Report of the Imperial Institute of Veterinary Research, Muktesar
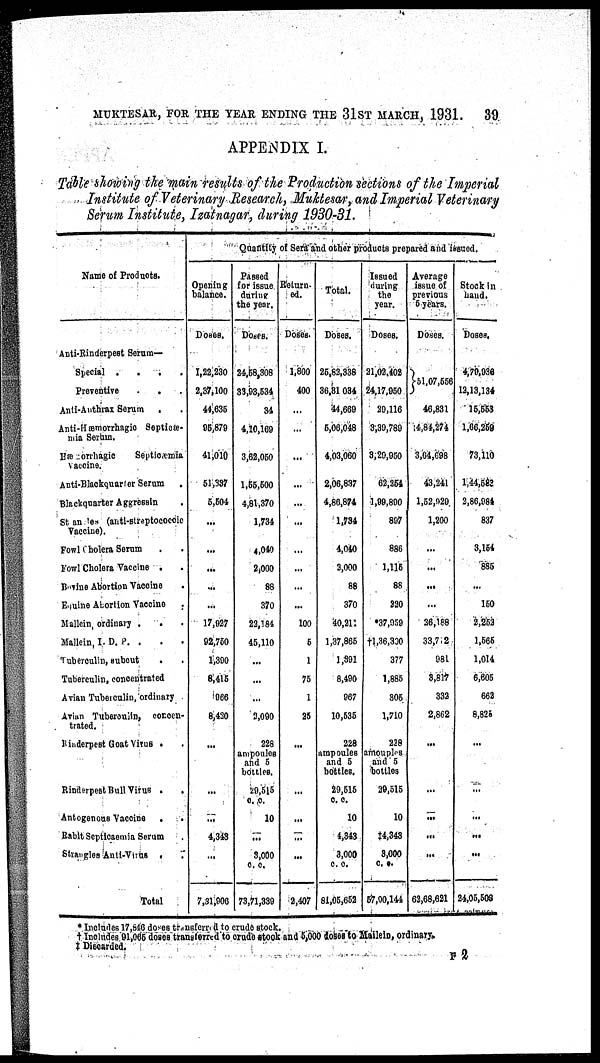
MUKTESAR, FOR THE YEAR ENDING THE 31ST MARCH, 1931.
39
APPENDIX I.
Table showing the main results of the Production sections of the Imperial
Institute of Veterinary Research, Muktesar, and Imperial Veterinary
Serum Institute, Izatnagar, during 1930-31.
Name of Products.
Anti-Rinderpest Serum—
Special
....
Preventive
Anti-Anthrax Serum .
Anti-Hæmorrhagic Septicæ¬
mia Serum.
Hæmorrhagic
Septicæmia
vaccine.
Anti-Blackquarter Serum
Blackquarter Aggreesin
Strangles (anti-streptococcic
Vaccine).
Fowl Cholera Serum
Fowl Cholera Vaccine .
Bovine Abortion Vaccine
Equine Abortion Vaccine .
Mallein, ordinary .
.
Mallein, I. D. P. .
Tuberculin, subout
Tuberculin, concentrated
Avian Tuberculin, ordinary
Avian Tuberculin, concen-
trated.
Rinderpest Goat Virus .
Rinderpest Bull Virus .
.
Autogenous Vaccine .
.
Rabit Septicaemia Serum
Strangles Anti-Virus ,
Total
Opening
balance.
Doses.
1,22,230
2,37,100
44,635
95,879
41,010
51,337
5,504
...
...
...
...
...
17,927
92,750
1,390
8,415
966
8,420
...
...
...
4,343
...
7,31,906
Quantity of Sera and other products prepared and issued.
Passed
for issue
during
the year.
Doses.
24,58,308
33,93,534
34
4,10,169
3,62,050
1,55,500
4,81,370
1,734
4,040
2,000
88
370
22,184
45,110
...
...
...
3,090
228
ampoules
and 5
bottles.
29,515
c. c.
10
...
3,000
c. c.
73,71,339
Return-
ed.
Doses.
1,800
400
...
...
...
...
...
...
...
...
...
100
5
1
75
1
25
...
...
...
...
...
2,407
Total.
Doses.
25,82,338
36,31,034
44,669
5,06,048
4,03,060
2,06,837
4,86,874
1,734
4,040
2,000
88
370
40,211
1,37,865
1,391
8,490
967
10,535
228
ampoules
and 5
bottles.
29,515
c. c.
10
4,343
3,000
c. c.
81,05,652
Issued
during
the
year.
Doses.
21,02,402
24,17,950
29,116
3,39,789
3,29,950
62,254
1,99,800
897
886
1,115
88
220
*37,959
†1,36,300
377
1,885
305
1,710
228
amouples
and 5
bottles
29,515
10
‡4,343
3,000
c. c.
57,00,144
Average
issue of
previous
5 years.
Doses.
}51,07,556
46,831
14,84,274
3,64,698
43,241
1,52,929
1,200
...
...
...
...
26,188
33,712
981
3,817
332
2,862
...
...
...
...
...
62,68,621
Stock in
hand.
Doses.
4,79,936
12,13,134
15,553
1,66,259
73,110
1,44,583
2,86,984
837
3,154
885
...
150
2,252
1,565
1,014
6,605
662
8,825
...
...
...
...
...
24,05,508
* Includes 17,846 doses transferred to crude stock.
† Includes 91,065 doses transferred to crude stock and 5,000 doses to Mailein, ordinary.
‡ Discarded.
F 2